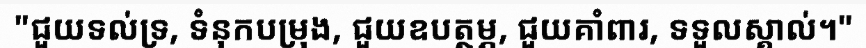
"ជួយទល់ទ្រ, ទំនុកបម្រុង, ជួយឧបត្ថម្ភ, ជួយគាំពារ, ទទួលស្គាល់។"